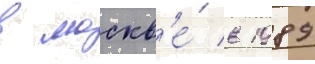
в москв'е́ в 1989